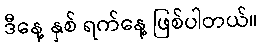
ဒီနေ့ နှစ် ရက်နေ့ ဖြစ်ပါတယ်။